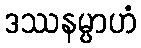
ဒဿနမ္ပာဟံ